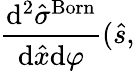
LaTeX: \frac{\mathrm{d}^{2}\hat{\sigma}^{\mathrm{{Born}}}}{\mathrm{d}\hat{x}\mathrm{d}\varphi}(\hat{s},